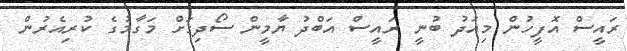
ރައީސް އޮފީހުން މިއަދު ބުނީ ރައީސް އަބްދު ޔާމީން ސޯދިގަށް މަގާމުގެ ކުރިއެރުން